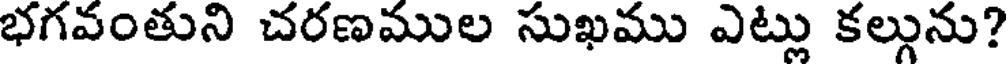
భగవంతుని చరణముల సుఖము ఎట్లు కల్గును?